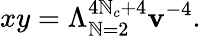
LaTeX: xy=\Lambda_{\mathbb{N}=2}^{4\mathbb{N}_{c}+4}\mathbf{v}^{-4}.